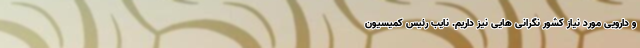
و دارویی مورد نیاز کشور نگرانی هایی نیز داریم. نایب رئیس کمیسیون